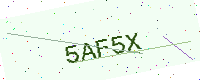
Text: 5AF5X